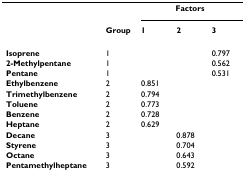
<table><thead><tr><td></td><td></td><td colspan="3"><b>Factors</b></td></tr><tr><td></td><td><b>Group</b></td><td><b>1</b></td><td><b>2</b></td><td><b>3</b></td></tr></thead><tbody><tr><td><b>Isoprene</b></td><td>1</td><td></td><td></td><td>0.797</td></tr><tr><td><b>2-Methylpentane</b></td><td>1</td><td></td><td></td><td>0.562</td></tr><tr><td><b>Pentane</b></td><td>1</td><td></td><td></td><td>0.531</td></tr><tr><td><b>Ethylbenzene</b></td><td>2</td><td>0.851</td><td></td><td></td></tr><tr><td><b>Trimethylbenzene</b></td><td>2</td><td>0.794</td><td></td><td></td></tr><tr><td><b>Toluene</b></td><td>2</td><td>0.773</td><td></td><td></td></tr><tr><td><b>Benzene</b></td><td>2</td><td>0.728</td><td></td><td></td></tr><tr><td><b>Heptane</b></td><td>2</td><td>0.629</td><td></td><td></td></tr><tr><td><b>Decane</b></td><td>3</td><td></td><td>0.878</td><td></td></tr><tr><td><b>Styrene</b></td><td>3</td><td></td><td>0.704</td><td></td></tr><tr><td><b>Octane</b></td><td>3</td><td></td><td>0.643</td><td></td></tr><tr><td><b>Pentamethylheptane</b></td><td>3</td><td></td><td>0.592</td><td></td></tr></tbody></table>